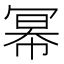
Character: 幂